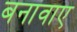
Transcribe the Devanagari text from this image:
बनावाए